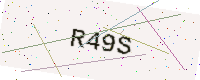
Text: R49S